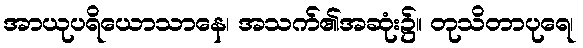
အာယုပရိယောသာနေ၊ အသက်၏အဆုံး၌။ တုသိတာပုရေ၊